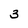
Character: 3